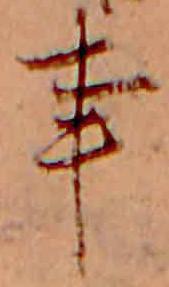
事